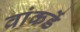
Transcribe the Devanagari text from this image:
वांकडें